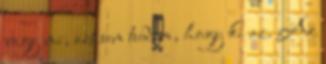
vagy mi, azt sem tudom, hogy ki az. Az